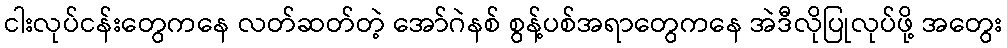
ငါးလုပ်ငန်းတွေကနေ လတ်ဆတ်တဲ့ အော်ဂဲနစ် စွန့်ပစ်အရာတွေကနေ အဲဒီလိုပြုလုပ်ဖို့ အတွေး